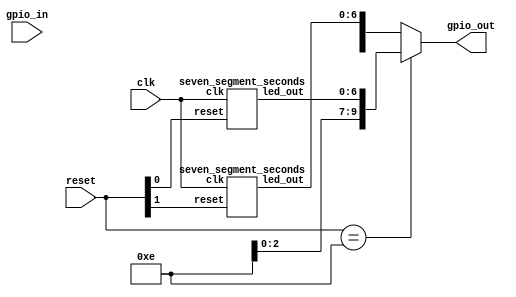
`default_nettype none
module multi_project_harness (
    input wire clk,
    input wire [3:0] reset,
    input wire [9:0] gpio_in,
    output wire [9:0] gpio_out
    );

    `ifdef COCOTB_SIM
        initial begin
            $dumpfile ("harness.vcd");
            $dumpvars (0, multi_project_harness);
            #1;
        end
    `endif
    
    wire [9:0] gpio_out0,  gpio_out1;
    wire [9:0] gpio_in0,   gpio_in1;

    // outputs  up gpios for inputs and outputs
    assign gpio_out = reset == 4'b1110 ? gpio_out0 :
                               4'b1101 ? gpio_out1 :
                                         10'bz;

    // inputs can be split between all modules
    assign gpio_in0 = reset == 4'b1110 ? gpio_in : 10'bz;
    assign gpio_in1 = reset == 4'b1101 ? gpio_in : 10'bz;
    
    // instantiate all the modules
    `ifndef FORMAL
    seven_segment_seconds inst_0 (.clk(clk), .reset(reset[0]), .led_out(gpio_out0[6:0]));
    seven_segment_seconds inst_1 (.clk(clk), .reset(reset[1]), .led_out(gpio_out1[6:0]));
    `endif

    // sanity check
    `ifdef FORMAL
        always @(*) begin
            if(&reset)
                assert(gpio_out == 10'bz);
        end
    `endif

endmodule

(* blackbox *)
module seven_segment_seconds (
	input wire clk,
    input wire reset,
	output wire [6:0] led_out
    );
endmodule